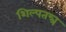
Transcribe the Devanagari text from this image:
शिल्पतन्त्र